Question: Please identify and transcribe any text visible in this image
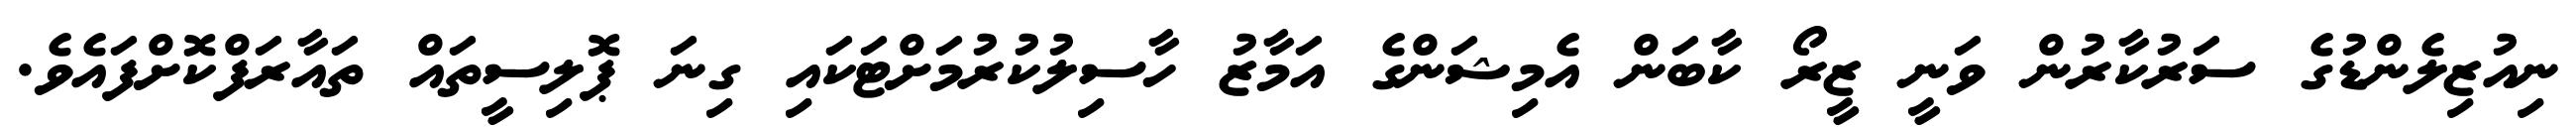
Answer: ނިއުޒިލެންޑުގެ ސަރުކާރުން ވަނީ ޒީރޯ ކާބަން އެމިޝަންގެ އަމާޒު ހާސިލުކުރުމަށްޓަކައި ގިނަ ޕޮލިސީތައް ތައާރަފްކޮށްފައެވެ.